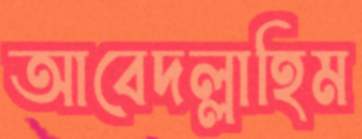
আবেদল্লাহিম